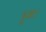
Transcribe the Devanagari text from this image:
हुअा।